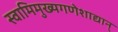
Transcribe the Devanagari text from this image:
स्वामिमुख्यगणेशाद्यान्